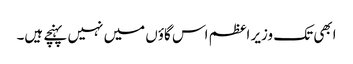
ابھی تک وزیر اعظم اس گاؤں میں نہیں پہنچے ہیں۔